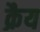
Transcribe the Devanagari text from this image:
क्रैय